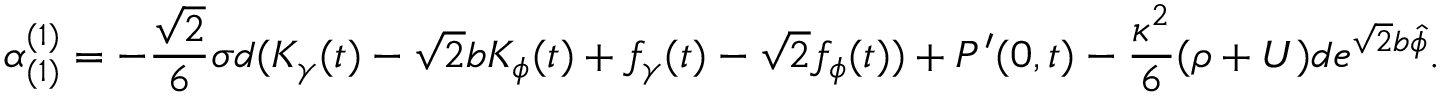
\alpha _ { ( 1 ) } ^ { ( 1 ) } = - \frac { \sqrt { 2 } } { 6 } \sigma d ( K _ { \gamma } ( t ) - \sqrt { 2 } b K _ { \phi } ( t ) + f _ { \gamma } ( t ) - \sqrt { 2 } f _ { \phi } ( t ) ) + P ^ { \prime } ( 0 , t ) - \frac { \kappa ^ { 2 } } { 6 } ( \rho + U ) d e ^ { \sqrt { 2 } b \hat { \phi } } .